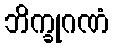
ဘိက္ခုဂဏံ